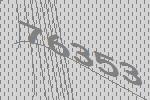
76353